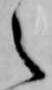
之